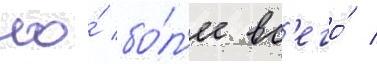
Но́ бо́л'ее вс'его́ /